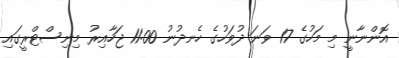
އޮންނާނީ މި މަހުގެ 17 ވަނަ ދުވަހުގެ ހެނދުނު 11:00 ޖަހާއިރު މިނިސްޓްރީގައި